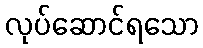
လုပ်ဆောင်ရသော